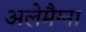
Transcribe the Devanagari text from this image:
अलेमैग्ना